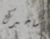
ساخبرك